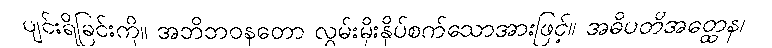
ပျင်းရိခြင်းကို။ အဘိဘဝနတော လွှမ်းမိုးနှိပ်စက်သောအားဖြင့်။ အဓိပတိအတ္ထေန၊